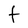
Character: t